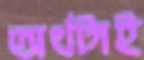
অর্থটাই